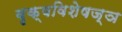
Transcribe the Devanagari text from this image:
वृक्षविशेषज्ञ